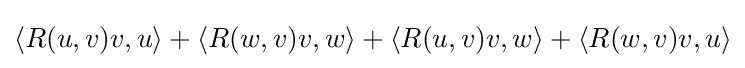
\langle R(u,v)v,u\rangle +\langle R(w,v)v,w\rangle +\langle R(u,v)v,w\rangle +\langle R(w,v)v,u\rangle